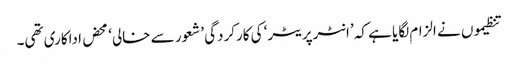
تنظیموں نے الزام لگایا ہے کہ ’انٹرپریٹر‘ کی کارکردگی ’شعور سے خالی‘ محض اداکاری تھی۔